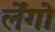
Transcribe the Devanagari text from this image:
र्लेंगो